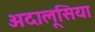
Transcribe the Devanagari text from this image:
अदालूसिया